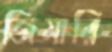
জিমারি